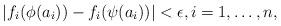
LaTeX: \begin{align*} | f_i(\phi(a_i)) - f_i(\psi(a_i))| < \epsilon, i = 1,\dots ,n, \end{align*}